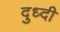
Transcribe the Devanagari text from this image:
दुध्दी